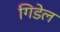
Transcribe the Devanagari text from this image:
गिडेल